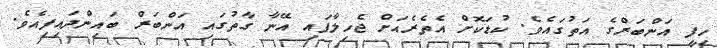
ހިފީ އަންބަރްގެ އަތުގައެވެ. ކުޑަކޮށް އެތެރެއަށް ޖެހިލާފައި އޭނާ ގާތުގައި އަންބަރް ބައިންދައިފިއެވެ.